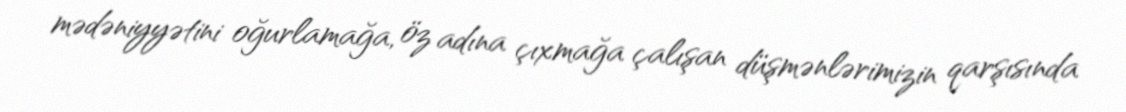
mədəniyyətini oğurlamağa, öz adına çıxmağa çalışan düşmənlərimizin qarşısında